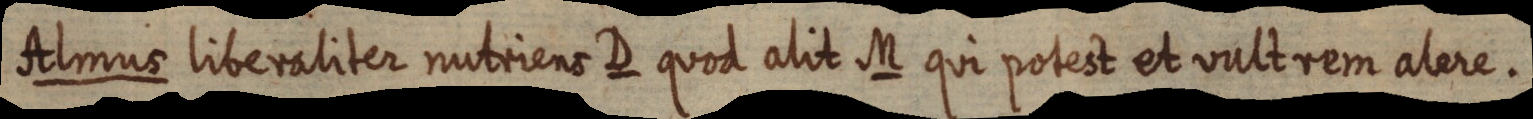
Almus liberaliter nutriens D quod alit M qui potest et vultrem alere.